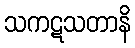
သကဋသတာနိ